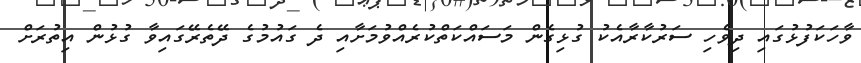
ވާހަކަފުޅުގައި ދިވެހި ސަރުކާރާއެކު ގުޅިގެން މަސައްކަތްކުރެއްވުމަށާއި ދެ ގައުމުގެ ދޭތެރޭގައިވާ ގުޅުން އިތުރަށް